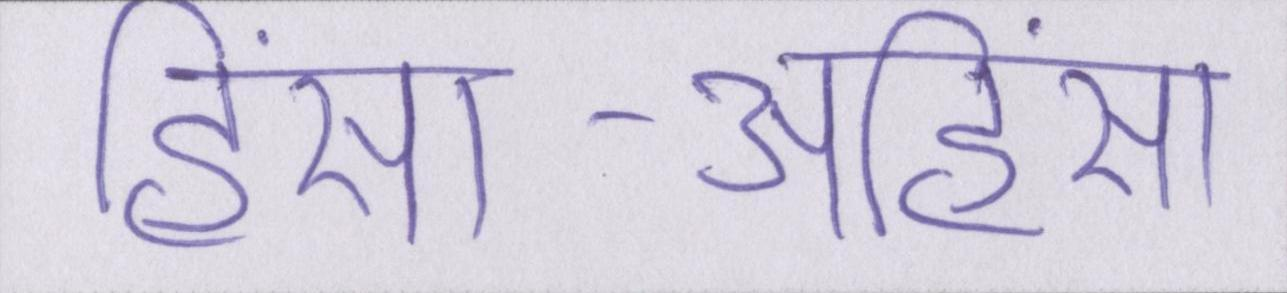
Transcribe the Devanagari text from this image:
हिंसा-अहिंसा